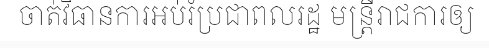
ចាត់វិធានការអប់រំប្រជាពលរដ្ឋ មន្ត្រីរាជការឲ្យ